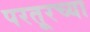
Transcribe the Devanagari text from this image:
परतूरच्या